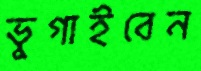
ভুগাইবেন